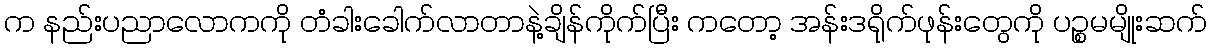
က နည်းပညာလောကကို တံခါးခေါက်လာတာနဲ့ချိန်ကိုက်ပြီး ကတော့ အန်းဒရိုက်ဖုန်းတွေကို ပဉ္စမမျိုးဆက်